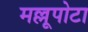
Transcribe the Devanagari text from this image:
मल्लूपोटा